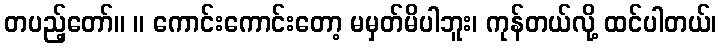
တပည့်တော်။ ။ ကောင်းကောင်းတော့ မမှတ်မိပါဘူး၊ ကုန်တယ်လို့ ထင်ပါတယ်၊